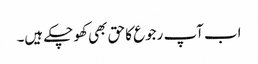
اب آپ رجوع کا حق بھی کھو چکے ہیں۔